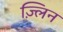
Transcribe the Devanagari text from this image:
ज़्लिन